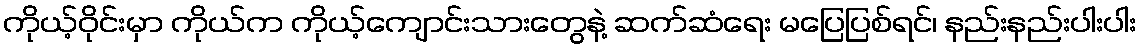
ကိုယ့်ဝိုင်းမှာ ကိုယ်က ကိုယ့်ကျောင်းသားတွေနဲ့ ဆက်ဆံရေး မပြေပြစ်ရင်၊ နည်းနည်းပါးပါး